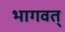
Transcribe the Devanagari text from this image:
भागवत्‌